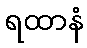
ရထာနံ